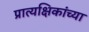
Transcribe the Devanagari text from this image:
प्रात्यक्षिकांच्या